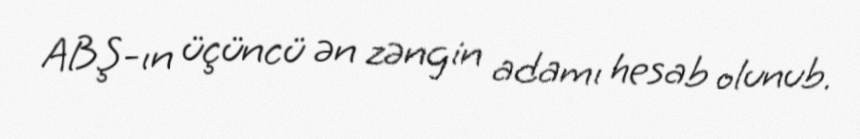
ABŞ-ın üçüncü ən zəngin adamı hesab olunub.